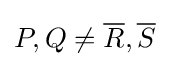
P,Q\not ={\overline {R}},{\overline {S}}